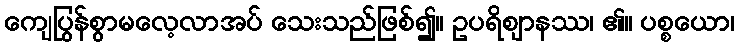
ကျေပြွန်စွာမလေ့လာအပ် သေးသည်ဖြစ်၍။ ဥပရိဈာနဿ၊ ၏။ ပစ္စယော၊